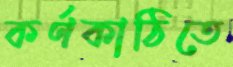
কর্ণকাঠিতে